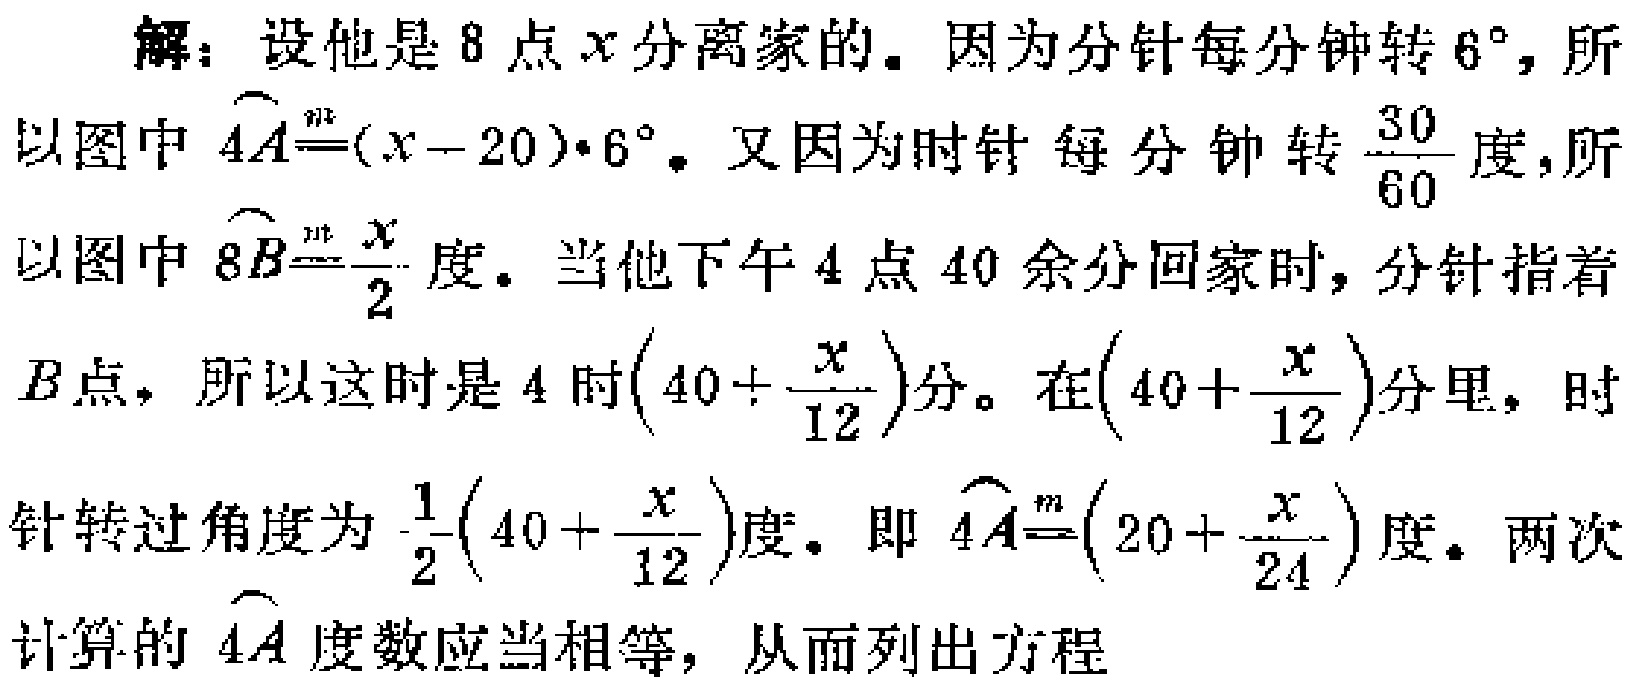
解：设他是8点\(x\)分离家的。因为分针每分钟转\(6^{\circ}\)，所以图中\(\overset{\overset{m}{}}{4A}=(x - 20)\cdot6^{\circ}\)。又因为时针每分钟转\(\frac{30}{60}\)度，所以图中\(\overset{\overset{m}{}}{8B}=\frac{x}{2}\)度。当他下午4点40余分回家时，分针指着\(B\)点，所以这时是4时\((40+\frac{x}{12})\)分。在\((40+\frac{x}{12})\)分里，时针转过角度为\(\frac{1}{2}(40+\frac{x}{12})\)度。即\(\overset{\overset{m}{}}{4A}=(20+\frac{x}{24})\)度。两次计算的\(\overset{\overset{m}{}}{4A}\)度数应当相等，从而列出方程